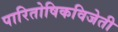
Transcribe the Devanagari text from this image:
पारितोषिकविजेती